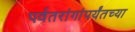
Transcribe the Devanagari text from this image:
पर्वतरांगांपर्यंतच्या